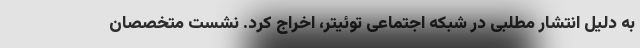
به دلیل انتشار مطلبی در شبکه اجتماعی توئیتر، اخراج کرد. نشست متخصصان